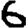
Digit: 6